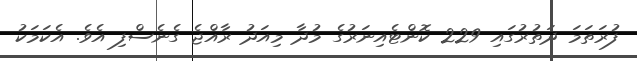
ފުރަތަމަ ދަތުރުގައި 229 ކޮންޓެއިނަރުގެ މުދާ މިއަދު ރާއްޖެ ގެނެސްފި އެވެ. އެކަމަކު